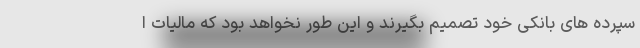
سپرده های بانکی خود تصمیم بگیرند و این طور نخواهد بود که مالیات ا